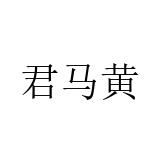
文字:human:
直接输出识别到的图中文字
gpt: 君马黄